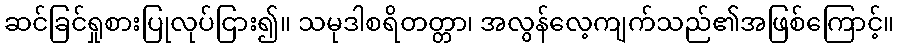
ဆင်ခြင်ရှုစားပြုလုပ်ငြား၍။ သမုဒါစရိတတ္တာ၊ အလွန်လေ့ကျက်သည်၏အဖြစ်ကြောင့်။